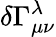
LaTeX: \delta\Gamma_{\mu\nu}^{\lambda}